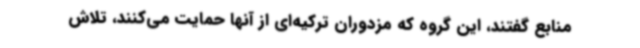
منابع گفتند، این گروه که مزدوران ترکیه‌ای از آنها حمایت می‌کنند، تلاش